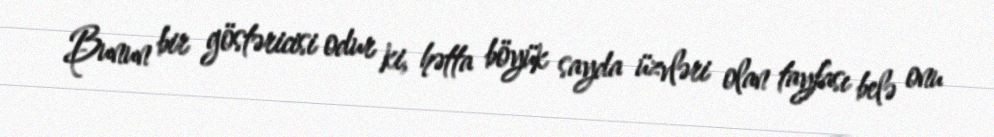
Bunun bir göstəricisi odur ki, hətta böyük sayda üzvləri olan tayfası belə onu